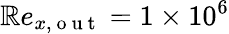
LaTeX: \mathbb{R}e_{x,\mathrm{{~o~u~t~}}}=1\times10^{6}